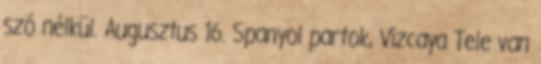
szó nélkül. Augusztus 16. Spanyol partok, Vizcaya Tele van